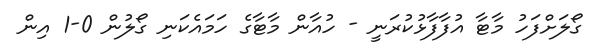
ގޯލަށްފަހު މާޓާ އުފާފާޅުކުރަނީ - ހުއާން މާޓާގެ ހަމައެކަނި ގޯލުން 0-1 އިން